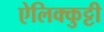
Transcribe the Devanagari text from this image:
ऐलिक्कुट्टी